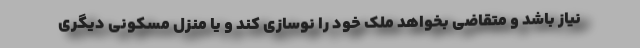
نیاز باشد و متقاضی بخواهد ملک خود را نوسازی کند و یا منزل مسکونی دیگری